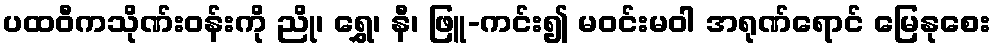
ပထဝီကသိုဏ်းဝန်းကို ညို၊ ရွှေ၊ နီ၊ ဖြူ-ကင်း၍ မဝင်းမဝါ အရုဏ်ရောင် မြေနုစေး